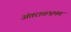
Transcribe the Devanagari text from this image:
अंतराळभ्रमण